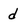
Character: d